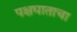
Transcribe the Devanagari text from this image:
पक्षघाताचा